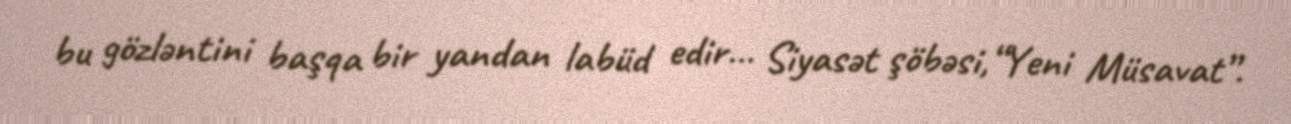
bu gözləntini başqa bir yandan labüd edir... Siyasət şöbəsi,“Yeni Müsavat”.